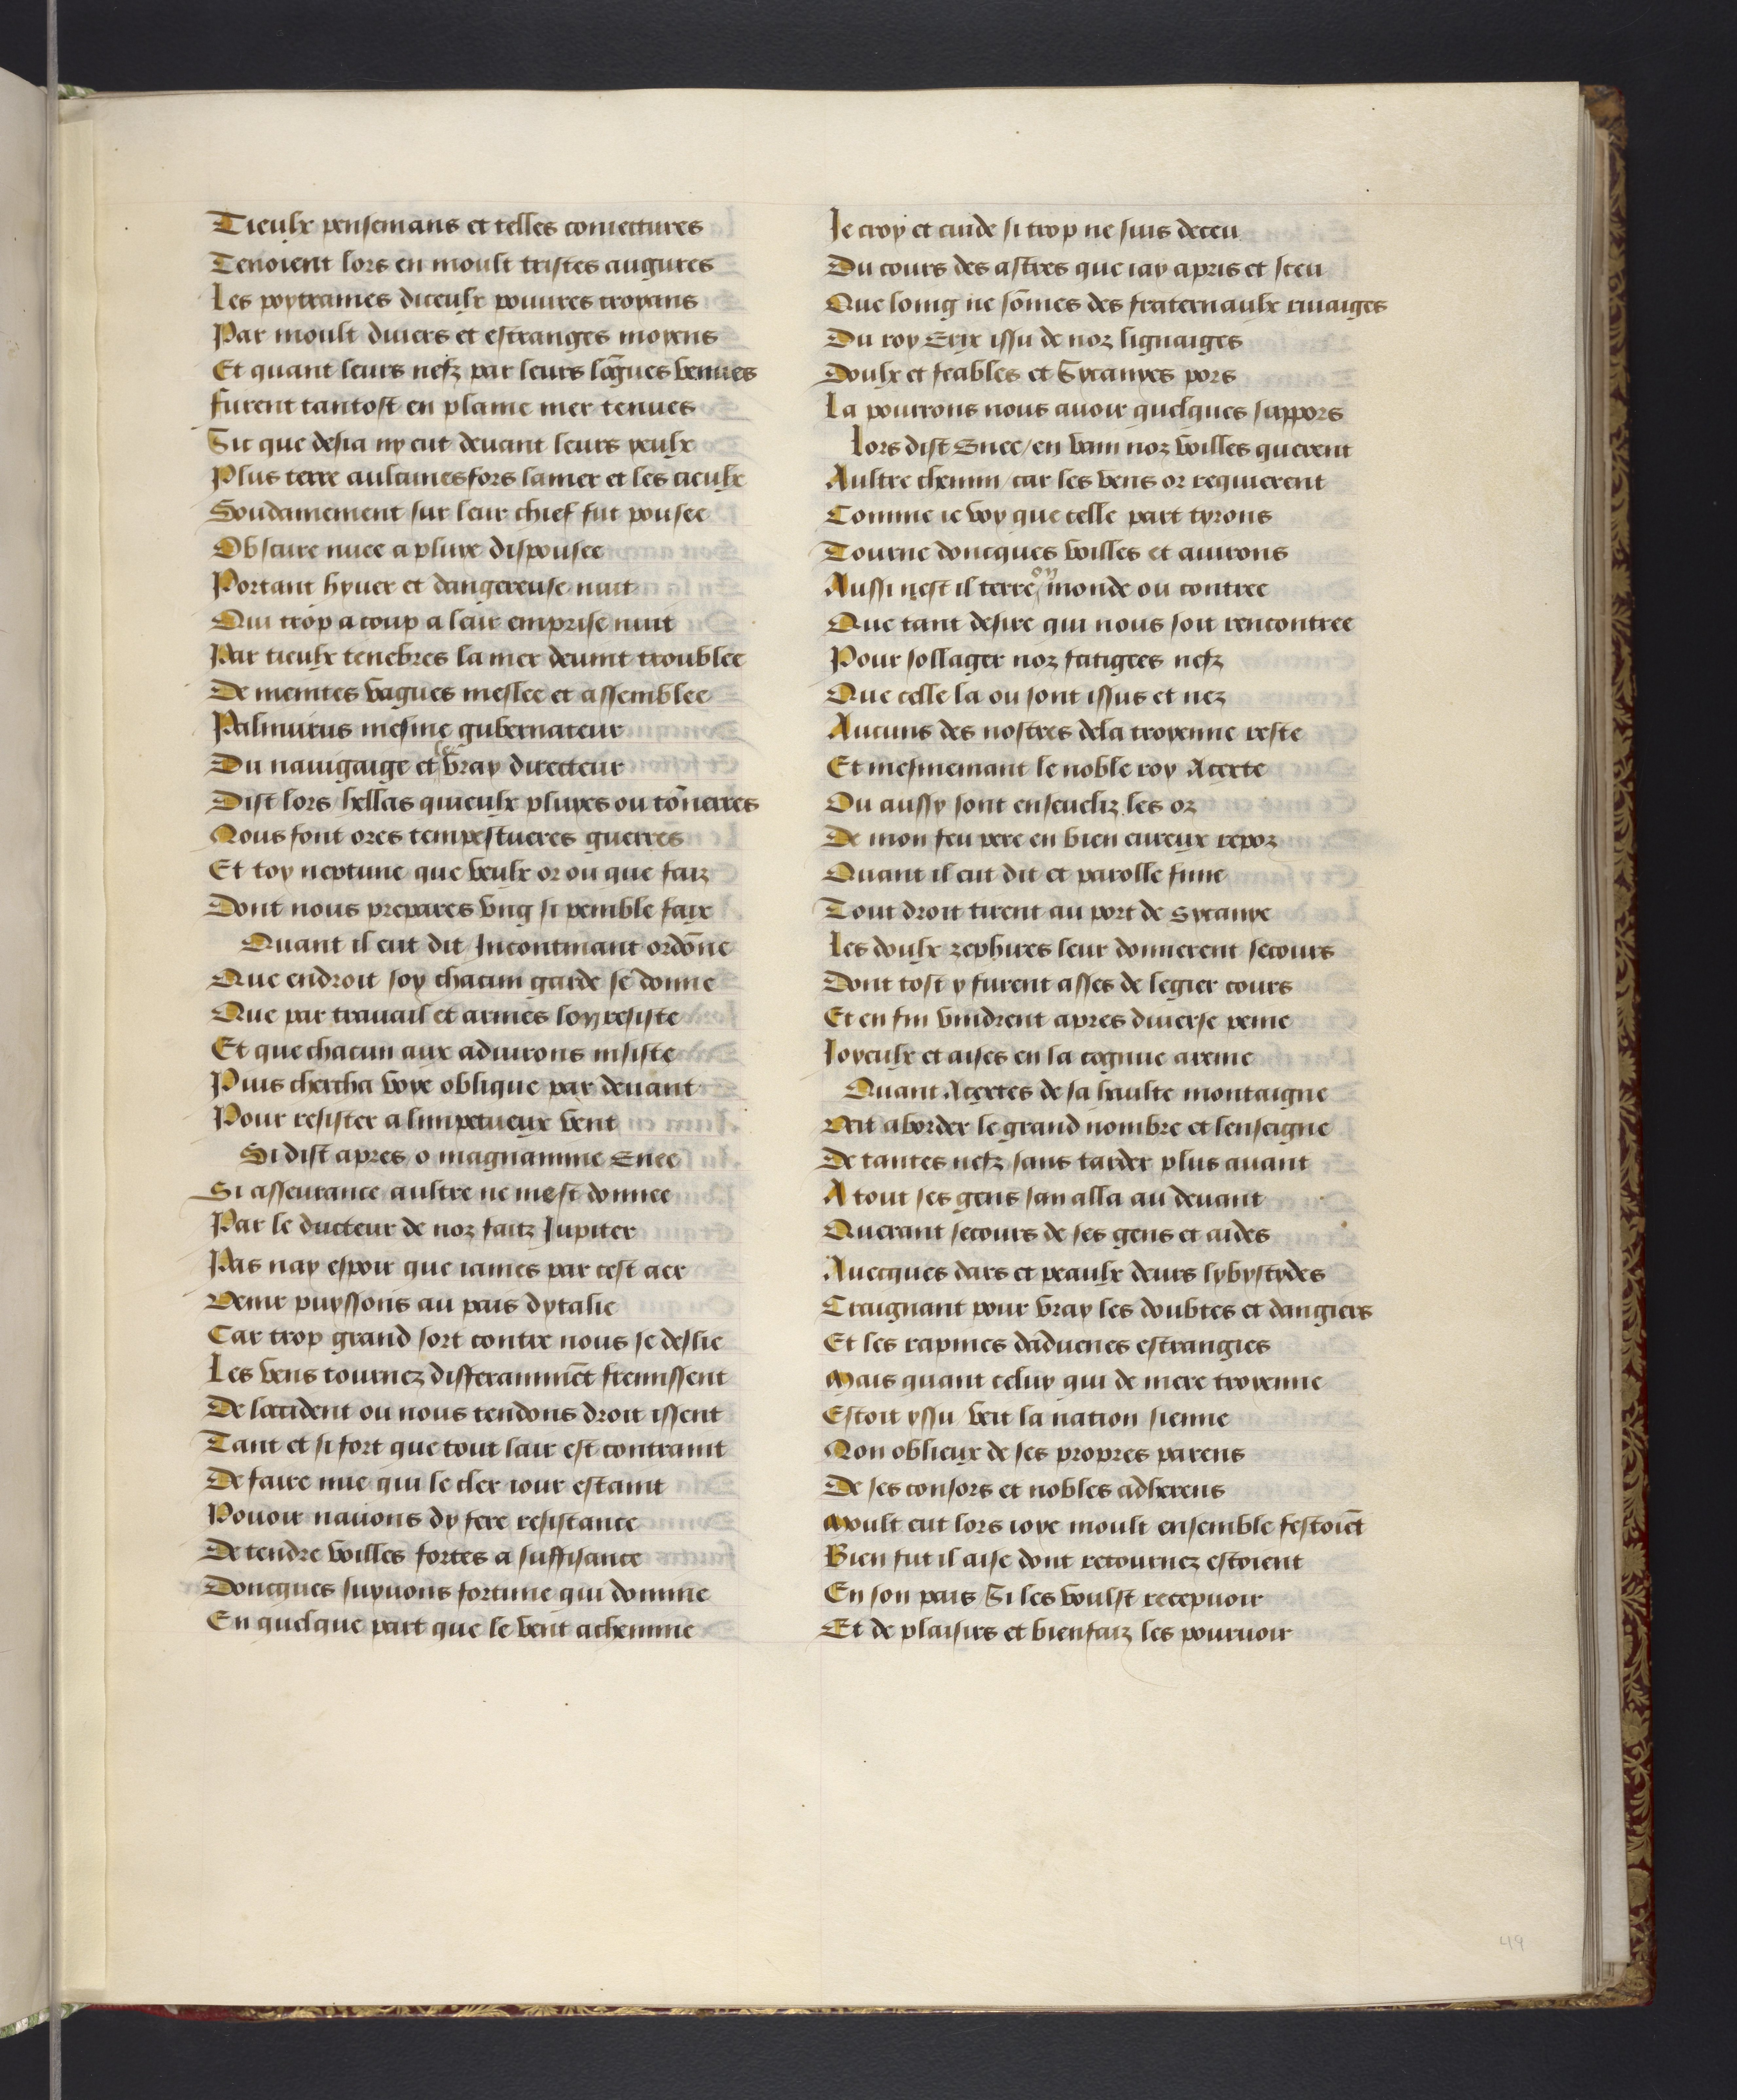
Shelfmark: Philadelphia, University of Pennsylvania, codex 909
Century: 15